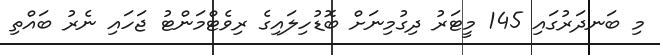
މި ބަނދަރުގައި 145 މީޓަރު ދިގުމިނަށް ބޮޑުހިލައިގެ ރިވެޓްމަންޓު ޖަހައި ނެރު ބައްތި